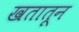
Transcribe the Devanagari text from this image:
खतातून